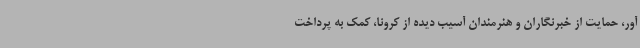
آور، حمایت از خبرنگاران و هنرمندان آسیب دیده از کرونا، کمک به پرداخت